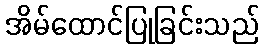
အိမ်ထောင်ပြုခြင်းသည်